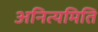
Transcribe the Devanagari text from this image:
अनित्यमिति